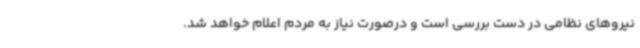
نیروهای نظامی در دست بررسی است و درصورت نیاز به مردم اعلام خواهد شد.